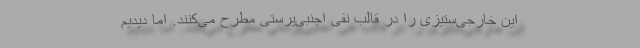
این خارجی‌ستیزی را در قالب نفی اجنبی‌پرستی مطرح می‌کنند. اما دیدیم